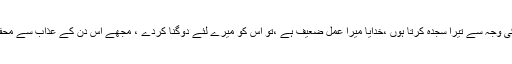
”اے خدا تو پاک و منزہ ہے ،میرے پروردگار تو برحق ہے ،اے میرے پروردگار میں بندگی اور غلامی کی وجہ سے تیرا سجدہ کرتا ہوں ،خدایا میرا عمل ضعیف ہے ،تو اس کو میرے لئے دُوگنا کردے ، مجھے اس دن کے عذاب سے محفوظ رکھ جس دن تیرے بندے اٹھا ئے جا ئیں گے ،میری توبہ قبول کرلے ،تو ،توبہ قبول کرنے والا ہے ”۔